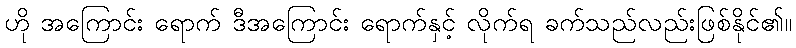
ဟို အကြောင်း ရောက် ဒီအကြောင်း ရောက်နှင့် လိုက်ရ ခက်သည်လည်းဖြစ်နိုင်၏။